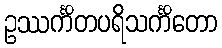
ဥဿင်္ကိတပရိသင်္ကိတော